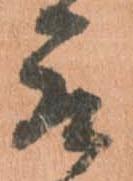
取